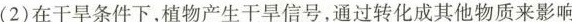
(2)在干旱条件下，植物产生干旱信号，通过转化成其他物质来影响